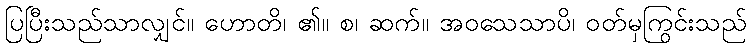
ပြပြီးသည်သာလျှင်။ ဟောတိ၊ ၏။ စ၊ ဆက်။ အဝသေသာပိ၊ ဝတ်မှကြွင်းသည်